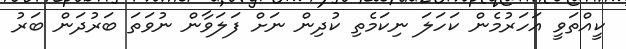
ކީއްތަވީ އަހަރުމެން ކަހަލަ ނިކަމެތި ކުދިން ނަށް ފަލަވާން ނުވަތަ ބަރުދަން ބަރު